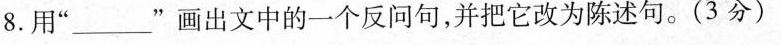
8.用” ___ ”画出文中的一个反问句，并把它改为陈述句。(3分)